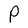
Character: P